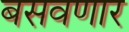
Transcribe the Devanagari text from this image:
बसवणार